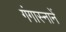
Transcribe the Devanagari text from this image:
गंगास्नानें